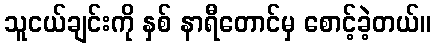
သူငယ်ချင်းကို နှစ် နာရီတောင်မှ စောင့်ခဲ့တယ်။